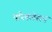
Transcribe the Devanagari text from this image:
परिक्लेशन